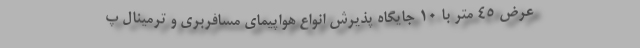
عرض ۴۵ متر با ۱۰ جایگاه پذیرش انواع هواپیمای مسافربری و ترمینال پ